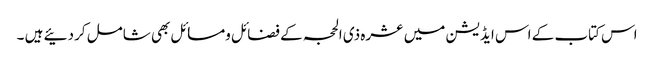
اس کتاب کے اس ایڈیشن میں عشرہ ذی الحجہ کے فضائل ومسائل بھی شامل کردئیے ہیں ۔